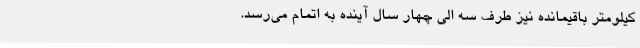
کیلومتر باقیمانده نیز طرف سه الی چهار سال آینده به اتمام می‌رسد.